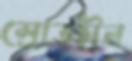
স্রোতহীন